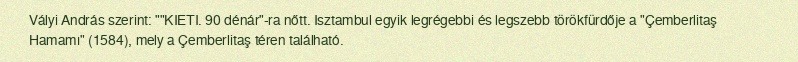
Vályi András szerint: ""KIETI. 90 dénár"-ra nőtt. Isztambul egyik legrégebbi és legszebb törökfürdője a "Çemberlitaş Hamamı" (1584), mely a Çemberlitaş téren található.